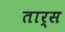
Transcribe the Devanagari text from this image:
तार्स